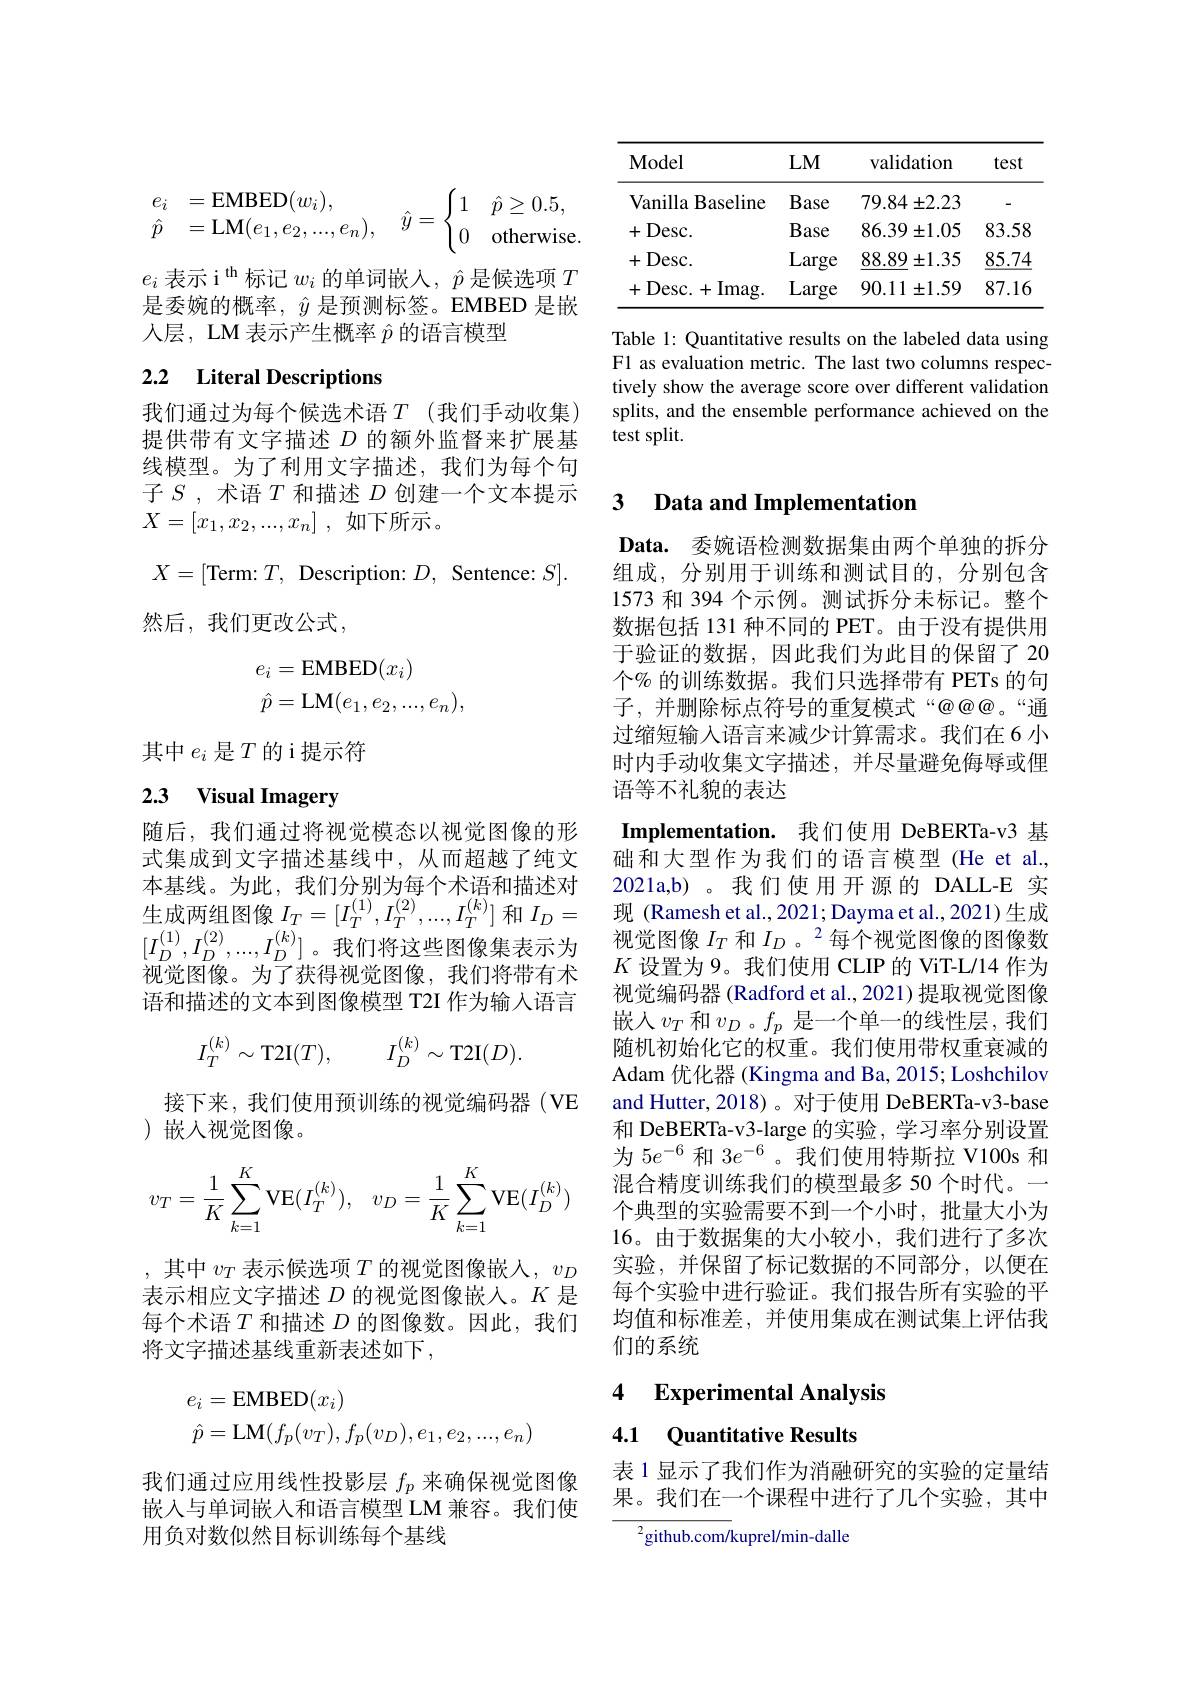
$$\begin{array}{rl}e_i&=\mathrm{EMBED}(w_i),\\\hat{p}&=\mathrm{LM}(e_1,e_2,...,e_n),\quad\hat{y}=\begin{cases}1&\hat{p}\ge0.5,\\0&\text{otherwise.}\end{cases}\end{array}$$
$e_i\text{ 表示 i}^\mathrm{th}$标记$w_i$的单词嵌人，$\hat{p}$是候选项$T$ 是委婉的概率，$\hat{y}$是预测标签。EMBED 是嵌人层，LM 表示产生概率$\hat{p}$的语言模型

# 2.2 Literal Descriptions

我们通过为每个候选术语$T$(我们手动收集) 提供带有文字描述$D$的额外监督来扩展基线模型。为了利用文字描述，我们为每个句子$S$ , 术语$T$和描述$D$创建一个文本提示$X= [ x_1, x_2, . . . , x_n]$ ,如下所示。
$$X=[\text{Term:}T,\:\text{Description:}D,\:\text{Sentence:}S].$$
然后，我们更改公式，
$$\begin{aligned}e_i&=\mathrm{EMBED}(x_i)\\\hat{p}&=\mathrm{LM}(e_1,e_2,...,e_n),\end{aligned}$$
其中$e_i$是$T$的i提示符

# 2.3 Visual Imagery

随后，我们通过将视觉模态以视觉图像的形式集成到文字描述基线中，从而超越了纯文本基线。为此，我们分别为每个术语和描述对生成两组图像$I_T=[I_T^{(1)},I_T^{(2)},...,I_T^{(k)}]$和$I_D=$ $[I_D^{(1)},I_D^{(2)},...,I_D^{(k)}]$。我们将这些图像集表示为$\bar{\text{视觉图像。为了获得视觉图像，我们将带有术}}$ 语和描述的文本到图像模型 T2I 作为输入语言
$$I_T^{(k)}\sim\mathrm{T2I}(T),\quad I_D^{(k)}\sim\mathrm{T2I}(D).$$
接下来，我们使用预训练的视觉编码器(VE
)嵌入视觉图像。
$$v_T=\dfrac{1}{K}\sum\limits_{k=1}^K\text{VE}(I_T^{(k)}),\quad v_D=\dfrac{1}{K}\sum\limits_{k=1}^K\text{VE}(I_D^{(k)})$$
,其中$v_T$表示候选项$T$的视觉图像嵌人，$v_D$ 表示相应文字描述$D$的视觉图像嵌入。$K$是将文字描述基线重新表述如下，
$$\begin{aligned}e_i&=\mathrm{EMBED}(x_i)\\\hat{p}&=\mathrm{LM}(f_p(v_T),f_p(v_D),e_1,e_2,...,e_n)\end{aligned}$$
我们通过应用线性投影层$f_p$来确保视觉图像嵌入与单词嵌入和语言模型 LM 兼容。我们使用负对数似然目标训练每个基线

<table>
	<tbody>
		<tr>
			<th>Model</th>
			<th>$LM$</th>
			<th>validation</th>
			<th>test</th>
		</tr>
		<tr>
			<td>Vanilla Baseline</td>
			<td>Base</td>
			<td>$79.84\pm2.23$</td>
			<td>一</td>
		</tr>
		<tr>
			<td>$Desc.$ 十</td>
			<td>Base</td>
			<td>86.39 $\pm1.05$</td>
			<td>83.58</td>
		</tr>
		<tr>
			<td>$Desc.$ 十</td>
			<td>Large</td>
			<td>88.89 $\pm1.35$</td>
			<td>85.74</td>
		</tr>
		<tr>
			<td>+Imag. + Desc. +</td>
			<td>Large</td>
			<td>90.11 $\pm1.59$</td>
			<td>87.16</td>
		</tr>
	</tbody>
</table>

Table 1: Quantitative results on the labeled data using F1 as evaluation metric. The last two columns respectively show the average score over different validation splits, and the ensemble performance achieved on the test split.

### 3 Data and Implementation

Data. 委婉语检测数据集由两个单独的拆分组成，分别用于训练和测试目的，分别包含1573 和 394 个示例。测试拆分未标记。整个数据包括 131 种不同的 PET。由于没有提供用于验证的数据，因此我们为此目的保留了 20个$\%$ 的训练数据。我们只选择带有 PETs 的句子，并删除标点符号的重复模式“@@@。“通过缩短输入语言来减少计算需求。我们在6 小时内手动收集文字描述，并尽量避免侮辱或俚语等不礼貌的表达

Implementation. 我们使用 DeBERTa-v3 基础和大型作为我们的语言模型(He et al., 2021a,b) 。我们使用开源的 DALL-E 实现 (Ramesh et al.,2021;Dayma et al.,2021)生成视觉图像$I_T$和$I_D$ 。$^2$每个视觉图像的图像数$K$设置为 9。我们使用 CLIP 的 ViT-L/14 作为视觉编码器 (Radford et al., 2021) 提取视觉图像嵌入$v_T$ 和$v_D$。$f_p$ 是一个单一的线性层，我们随机初始化它的权重。我们使用带权重衰减的Adam 优化器 (Kingma and Ba, 2015; Loshchilov and Hutter, 2018)。对于使用 DeBERTa-v3-base 和 DeBERTa-v3-large 的实验，学习率分别设置为 5$e^{-6}$和 3$e^-6$。我们使用特斯拉 V100s 和混合精度训练我们的模型最多 50 个时代。一个典型的实验需要不到一个小时，批量大小为16。由于数据集的大小较小，我们进行了多次实验，并保留了标记数据的不同部分，以便在每个实验中进行验证。我们报告所有实验的平均值和标准差，并使用集成在测试集上评估我们的系统

### 4 $\textbf{Experimental Analysis}$ 4.1 Quantitative Results

表 1 显示了我们作为消融研究的实验的定量结果。我们在一个课程中进行了几个实验，其中

$^{2}$github.com/kuprel/min-dalle